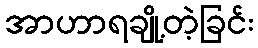
အာဟာရချို့တဲ့ခြင်း